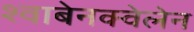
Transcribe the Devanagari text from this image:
श्वाबेनक्वेलेन